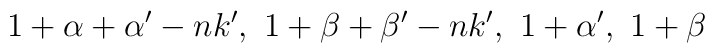
1+\alpha+\alpha'-nk',~ 1+\beta+\beta'-nk',~ 1+\alpha',~ 1+\beta